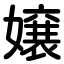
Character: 嬢